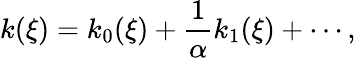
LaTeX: k(\xi)=k_{0}(\xi)+\frac{1}{\alpha}k_{1}(\xi)+\cdots,